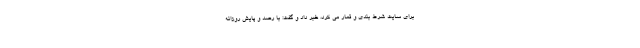
برای سایت شرط ‌بندی و قمار می کرد، خبر داد و گفت: با رصد و پایش روزانه